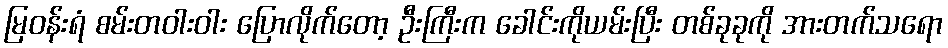
မြဝန်းရံ စမ်းတဝါးဝါး ပြောလိုက်တော့ ဦးကြီးက ခေါင်းကိုယမ်းပြီး တစ်ခုခုကို အားတက်သရော